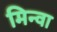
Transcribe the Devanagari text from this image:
मिन्वा